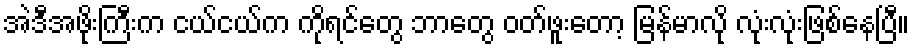
အဲဒီအဖိုးကြီးက ငယ်ငယ်က ကိုရင်တွေ ဘာတွေ ဝတ်ဖူးတော့ မြန်မာလို လုံးလုံးဖြစ်နေပြီ။